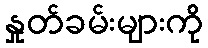
နှုတ်ခမ်းများကို